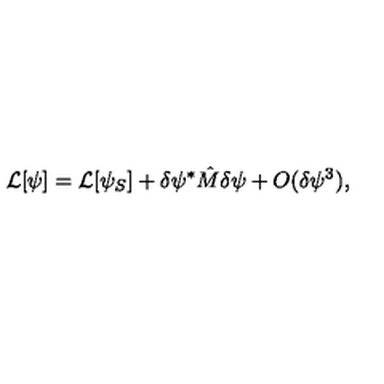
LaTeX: { \cal L } [ \psi ] = { \cal L } [ \psi _ { S } ] + \delta \psi ^ { * } \hat { M } \delta \psi + O ( \delta \psi ^ { 3 } ) ,